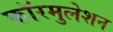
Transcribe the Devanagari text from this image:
फॉरमुलेशन